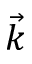
\vec { k }